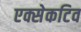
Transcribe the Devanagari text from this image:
एक्सेकटिव